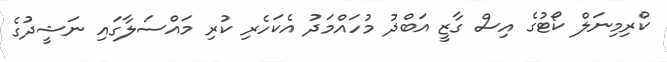
ކްރިމިނަލް ކޯޓުގެ އިސް ގާޒީ އަބްދު މުހައްމަދު އެކަހެރި ކުރި މައްސަލާގައި ނަޝީދުގެ